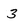
Character: 3